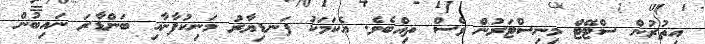
އިތުރުން ސްޓޭޓް މިނިސްޓަރުން ވެސް ތިއްބެވެ. އެކަމަކު ފަނޑިޔާރު މަނިކުފާނާއި ބަންޑާރަ ނައިބުން